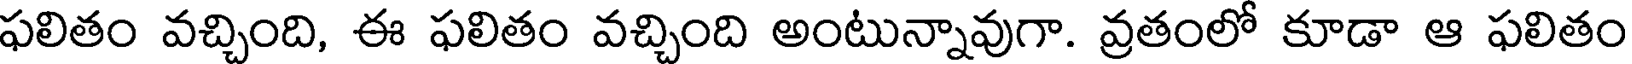
ఫలితం వచ్చింది, ఈ ఫలితం వచ్చింది అంటున్నావుగా. వ్రతంలో కూడా ఆ ఫలితం